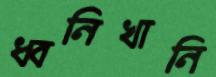
ধ্বনিখানি